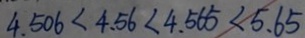
4 . 5 0 6 < 4 . 5 6 < 4 . 5 6 5 < 5 . 6 5